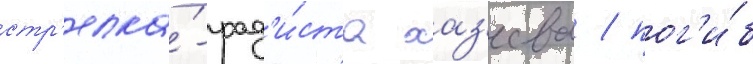
стр'елка́-рад'и́ста хаз'еева / пог'и́б